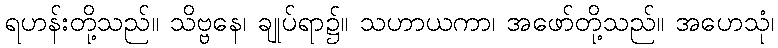
ရဟန်းတို့သည်။ သိဗ္ဗနေ၊ ချုပ်ရာ၌။ သဟာယကာ၊ အဖော်တို့သည်။ အဟေသုံ၊